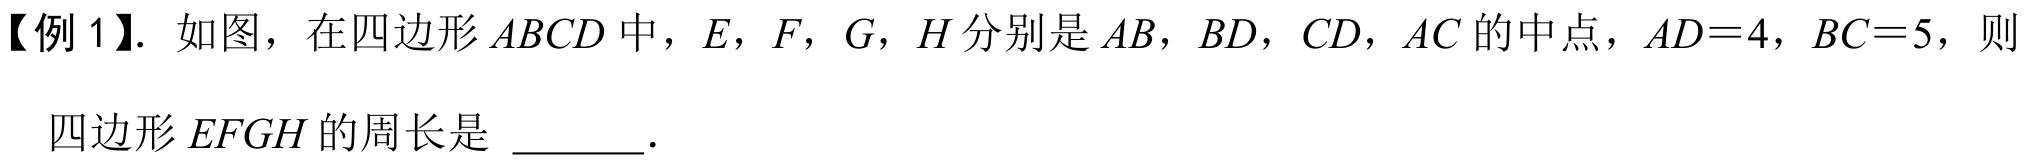
【例 1】. 如图，在四边形$ABCD$中，$E$，$F$，$G$，$H$分别是$AB$，$BD$，$CD$，$AC$的中点，$AD = 4$，$BC = 5$，则

四边形$EFGH$的周长是  .